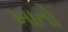
ખાતો